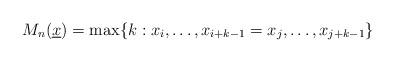
LaTeX: \begin{align*}M_n(\underline{x})=\max\{k:x_i,\dots,x_{i+k-1}=x_j,\dots,x_{j+k-1}\}\end{align*}